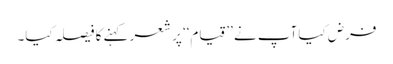
فرض کیا آپ نے ’’قیام‘‘ پر شعر کہنے کا فیصلہ کیا۔